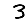
Digit: 3